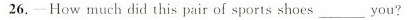
—26. ——How much did this pair of sports shoes ___ you?